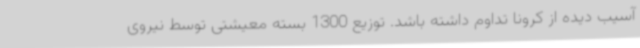
آسیب دیده از کرونا تداوم داشته باشد. توزیع 1300 بسته معیشتی توسط نیروی